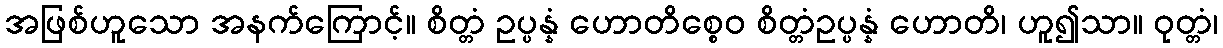
အဖြစ်ဟူသော အနက်ကြောင့်။ စိတ္တံ ဥပ္ပန္နံ ဟောတိစ္စေဝ စိတ္တံဥပ္ပန္နံ ဟောတိ၊ ဟူ၍သာ။ ဝုတ္တံ၊